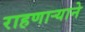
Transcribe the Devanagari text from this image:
राहणार्‍याने